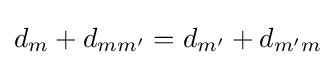
d_{m}+d_{mm'}=d_{m'}+d_{m'm}